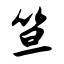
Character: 笪